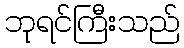
ဘုရင်ကြီးသည်